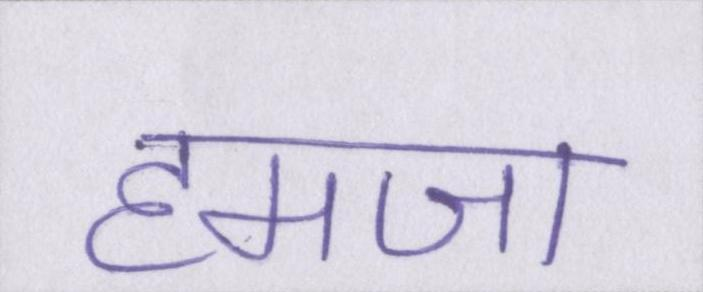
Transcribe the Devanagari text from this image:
हमजा